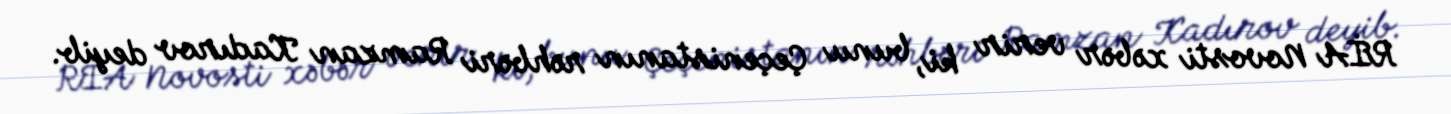
RİA Novosti xəbər verir ki, bunu Çeçenistanın rəhbəri Ramzan Kadırov deyib.